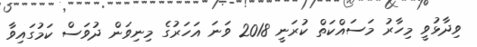
ވިދާޅުވީ މިހާރު މަސައްކަތް ކުރަނީ 2018 ވަނަ އަހަރުގެ މިނިވަން ދުވަސް ކަމުގައިވާ